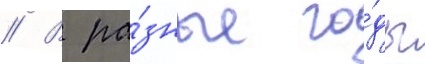
// В ра́зные го́ды